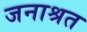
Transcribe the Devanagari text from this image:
जनाश्रत